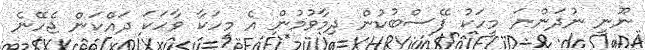
ނޫނީ ނުދަންނަ މީހަކު ފޭސްބުކުން ދިމާވުމުން އެ މީހަކާ ވާހަކަ ދައްކަން ޖެހޭނެ